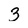
Character: 3